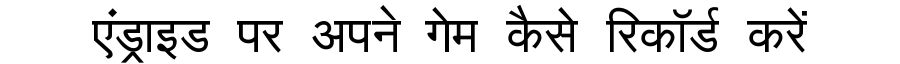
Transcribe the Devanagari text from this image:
एंड्राइड पर अपने गेम कैसे रिकॉर्ड करें